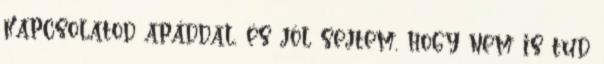
kapcsolatod apáddal, és jól sejtem, hogy nem is tud